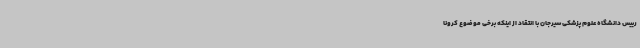
رییس دانشگاه علوم پزشکی سیرجان با انتقاد از اینکه برخی موضوع کرونا